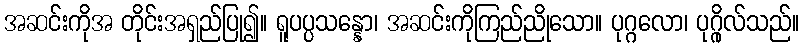
အဆင်းကိုအ တိုင်းအရှည်ပြု၍။ ရူပပ္ပသန္နော၊ အဆင်းကိုကြည်ညိုသော။ ပုဂ္ဂလော၊ ပုဂ္ဂိုလ်သည်။